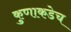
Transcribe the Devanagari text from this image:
कुणाकडेच